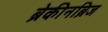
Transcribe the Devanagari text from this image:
ब्रेकीनब्रिज